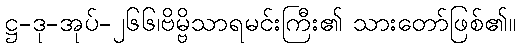
ဋ္ဌ-ဒု-အုပ်-၂၆၆၊ဗိမ္ဗိသာရမင်းကြီး၏ သားတော်ဖြစ်၏။